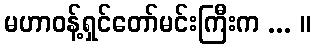
မဟာဝန့်ရှင်တော်မင်းကြီးက ... ။